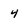
Character: 4